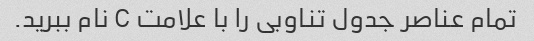
تمام عناصر جدول تناوبی را با علامت C نام ببرید.